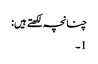
چنانچہ لکھتے ہیں:
1۔